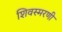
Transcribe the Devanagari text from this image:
शिवस्मरणी